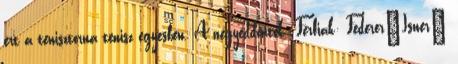
ért a tenisztorna tenisz egyesben. A negyeddöntők: Férfiak: Federer–Isner